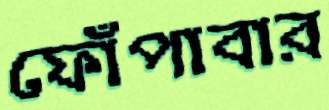
ফোঁপাবার